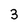
Character: 3